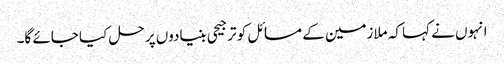
انہوں نے کہا کہ ملازمین کے مسائل کو ترجیحی بنیادوں پر حل کیا جائے گا۔